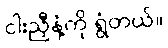
ငါးညှီနံ့ကို ရွံတယ်။